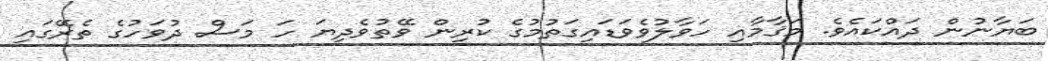
ބަޔާނުން ދައްކައެވެ. މަޤާމާއި ހަވާލުވެވަޑައިގަތުމުގެ ކުރިން ވޭތުވެދިޔަ ހަ މަސް ދުވަހުގެ ތެރޭގައި